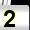
Digit: 2